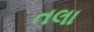
તલા